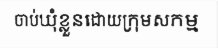
ចាប់ឃុំខ្លួនដោយក្រុមសកម្ម